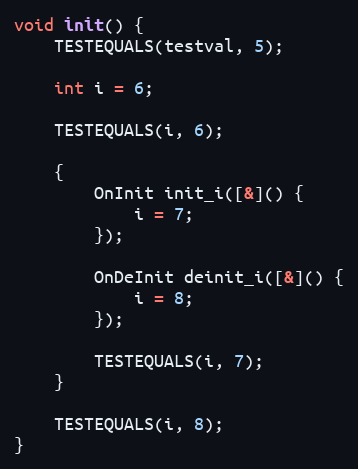
Language: C++
void init() {
	TESTEQUALS(testval, 5);

	int i = 6;

	TESTEQUALS(i, 6);

	{
		OnInit init_i([&]() {
			i = 7;
		});

		OnDeInit deinit_i([&]() {
			i = 8;
		});

		TESTEQUALS(i, 7);
	}

	TESTEQUALS(i, 8);
}